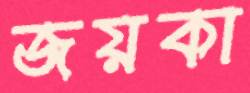
জয়কা